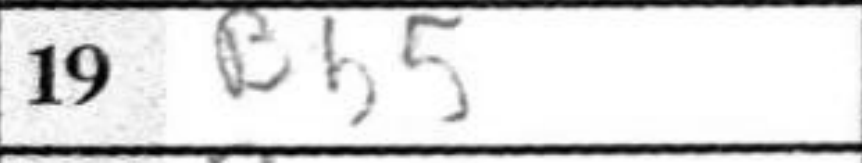
Transcription: Bb5